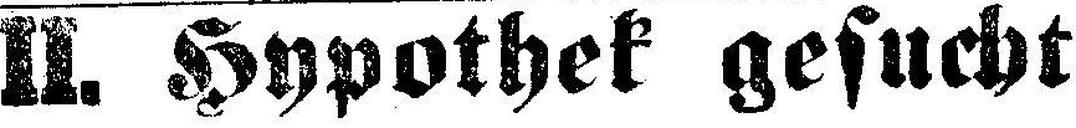
ll. Hypothek gesucht